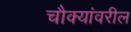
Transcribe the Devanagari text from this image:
चौक्यांवरील